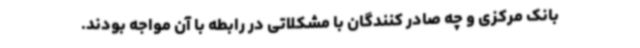
بانک مرکزی و چه صادر کنندگان با مشکلاتی در رابطه با آن مواجه بودند.